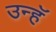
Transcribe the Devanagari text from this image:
उन्हॅ